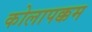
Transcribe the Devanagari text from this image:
कोलापक्कम